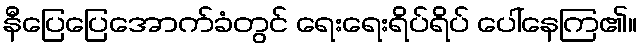
နီပြေပြေအောက်ခံတွင် ရေးရေးရိပ်ရိပ် ပေါ်နေကြ၏။